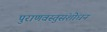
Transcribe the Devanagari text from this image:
पुराणवस्तुसंशोधन